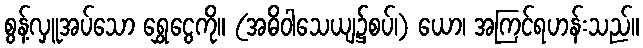
စွန့်လှူအပ်သော ရွှေငွေကို။ (အဓိဝါသေယျ၌စပ်၊) ယော၊ အကြင်ရဟန်းသည်။